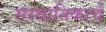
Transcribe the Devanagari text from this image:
संस्थानिकाचे